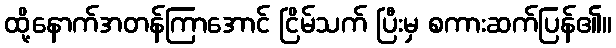
ထို့နောက်အတန်ကြာအောင် ငြိမ်သက် ပြီးမှ စကားဆက်ပြန်၏။